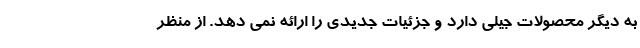
به دیگر محصولات جیلی دارد و جزئیات جدیدی را ارائه نمی دهد. از منظر